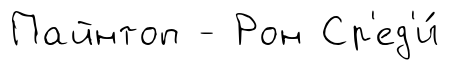
Пайнтоп - Рон Ср'ед'и́